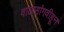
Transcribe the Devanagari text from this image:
वालसांगवीहून